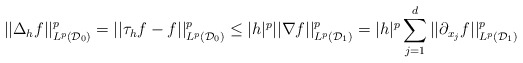
\begin{align*}||\Delta_hf||_{L^p(\mathcal{D}_0)}^p = ||\tau_h f - f||_{L^p(\mathcal{D}_0)}^p\leq |h|^p ||\nabla f ||_{L^p(\mathcal{D}_1)}^p = |h|^p \sum_{j=1}^d||\partial_{x_j} f ||_{L^p(\mathcal{D}_1)}^p\end{align*}